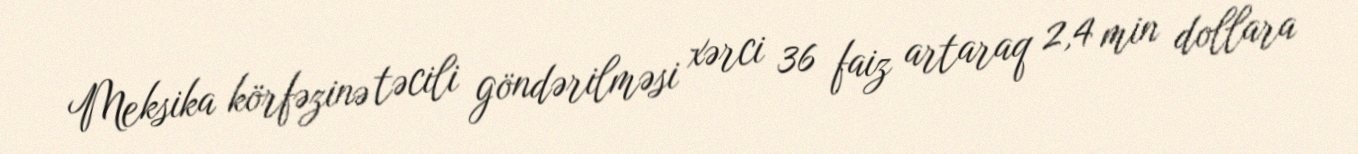
Meksika körfəzinə təcili göndərilməsi xərci 36 faiz artaraq 2,4 min dollara